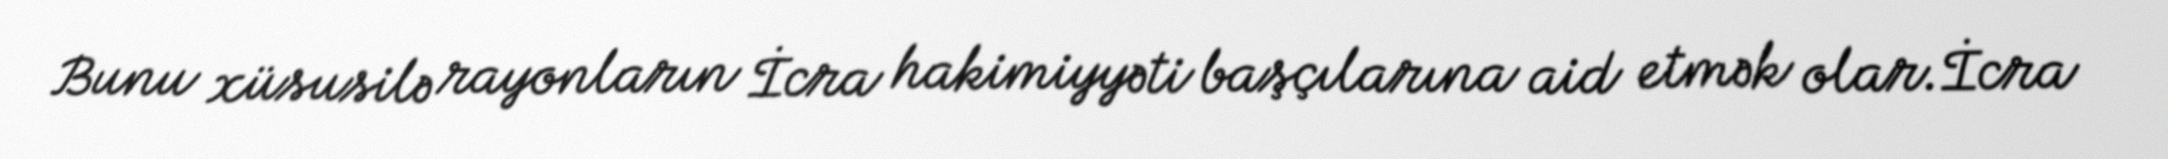
Bunu xüsusilə rayonların İcra hakimiyyəti başçılarına aid etmək olar.İcra